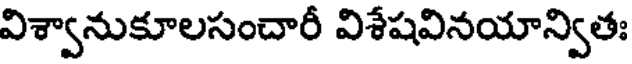
విశ్వానుకూలసంచారీ విశేషవినయాన్వితః